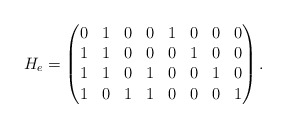
\begin{align*} H_e=\begin{pmatrix}0&1&0&0&1&0&0&0\\1&1&0&0&0&1&0&0\\1&1&0&1&0&0&1&0\\1&0&1&1&0&0&0&1 \end{pmatrix}.\end{align*}